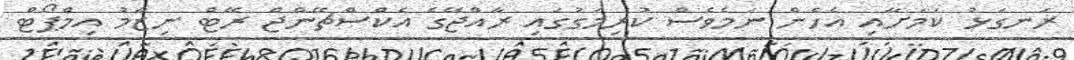
ރަނގަޅު ކަމަށާއި އެހެން ނަމެވެސް ކުރިމަގުގައި ރާއްޖޭގެ އެކްސްޗޭންޖް ރޭޓް ނިޒާމު އިމްޕޯޓް